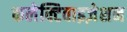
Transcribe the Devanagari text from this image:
कलेक्टिवाइज़ेशन